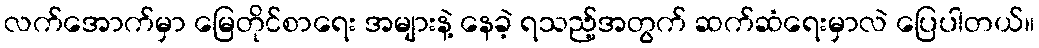
လက်အောက်မှာ မြေတိုင်စာရေး အများနဲ့ နေခဲ့ ရသည့်အတွက် ဆက်ဆံရေးမှာလဲ ပြေပါတယ်။